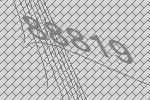
88819